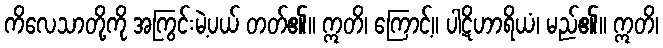
ကိလေသာတို့ကို အကြွင်းမဲ့ပယ် တတ်၏။ ဣတိ၊ ကြောင့်။ ပါဋိဟာရိယံ၊ မည်၏။ ဣတိ၊